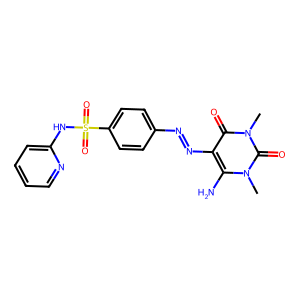
SMILES: Cn1c(N)c(N=Nc2ccc(S(=O)(=O)Nc3ccccn3)cc2)c(=O)n(C)c1=O
Inhibits HIV replication: No